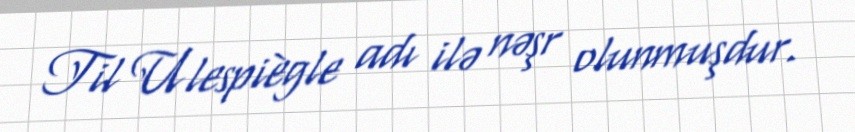
Til Ulespiègle adı ilə nəşr olunmuşdur.